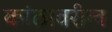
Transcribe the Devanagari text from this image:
कांठावरील